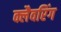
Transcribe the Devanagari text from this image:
क्लैवरिंग